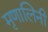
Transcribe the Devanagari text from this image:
मृृणालिनी